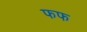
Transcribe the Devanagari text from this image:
फफ